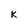
Character: K